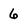
Character: 6